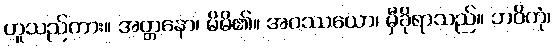
ဟူသည်ကား။ အတ္တနော၊ မိမိ၏။ အဝဿယော၊ မှီခိုရာသည်။ ဘဝိတုံ၊